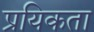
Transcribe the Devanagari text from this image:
प्रयिकता